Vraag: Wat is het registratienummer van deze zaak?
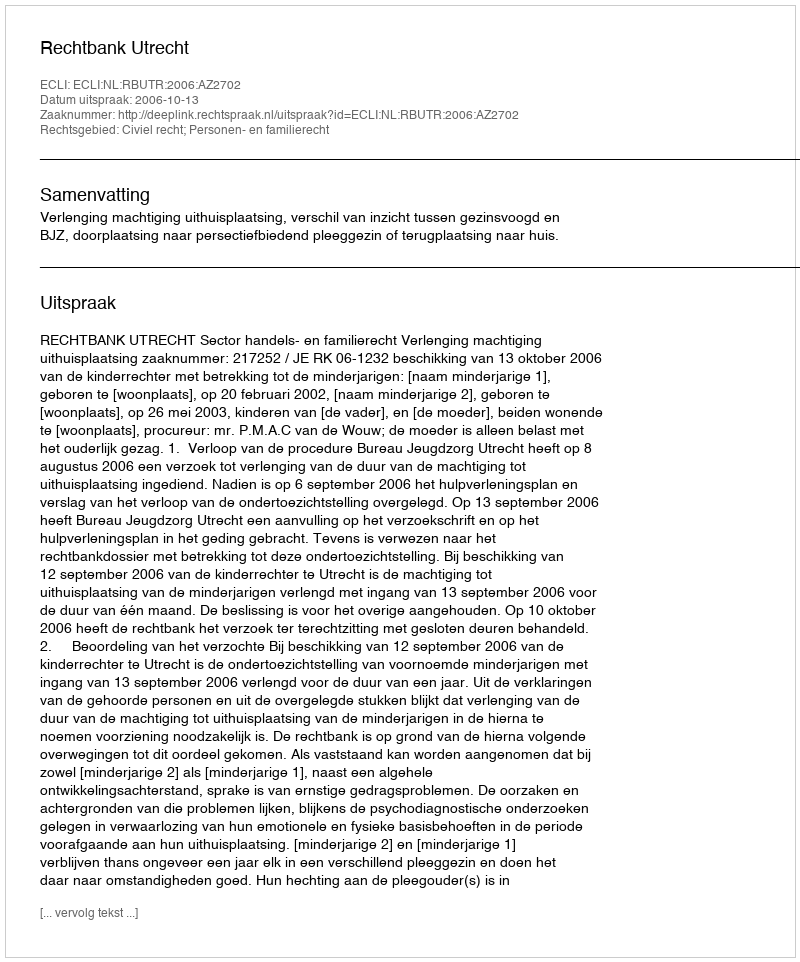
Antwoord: http://deeplink.rechtspraak.nl/uitspraak?id=ECLI:NL:RBUTR:2006:AZ2702